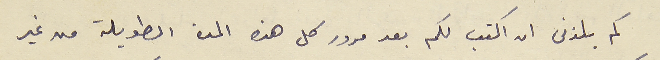
كم يلذنى ان اكتب لكم بعد مرور كل هذه المدة الطويلة من غير